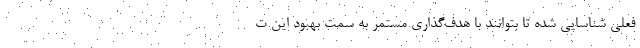
فعلی شناسایی شده تا بتوانند با هدف‌گذاری مستمر به سمت بهبود این ت